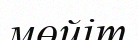
мөйіт